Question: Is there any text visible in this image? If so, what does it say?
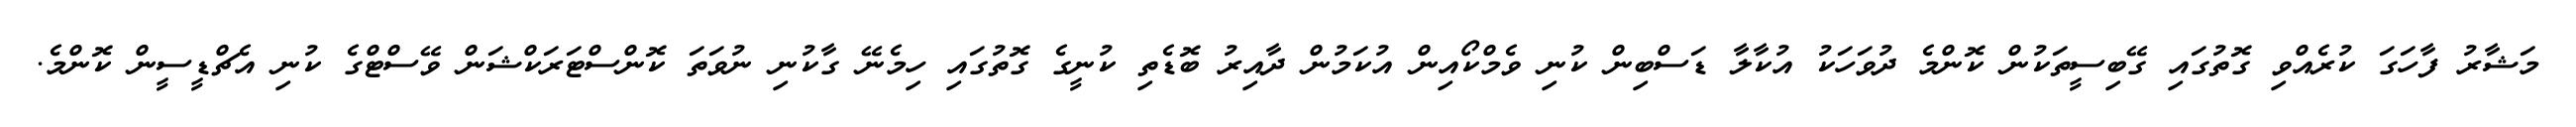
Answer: މަޝާރު ފާހަގަ ކުރެއްވި ގޮތުގައި ގޭބިސީތަކުން ކޮންމެ ދުވަހަކު އުކާލާ ޑަސްބިން ކުނި ވެމްކޯއިން އުކަމުން ދާއިރު ބޮޑެތި ކުނީގެ ގޮތުގައި ހިމެނޭ ގާކުނި ނުވަތަ ކޮންސްޓަރަކްޝަން ވޭސްޓްގެ ކުނި އެޗްޑީސީން ކޮންމެ.